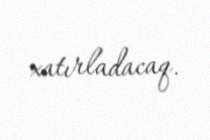
xatırladacaq.